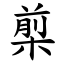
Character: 㮍